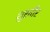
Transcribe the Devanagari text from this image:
शुरवीर